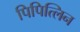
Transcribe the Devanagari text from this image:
पिपित्लिन